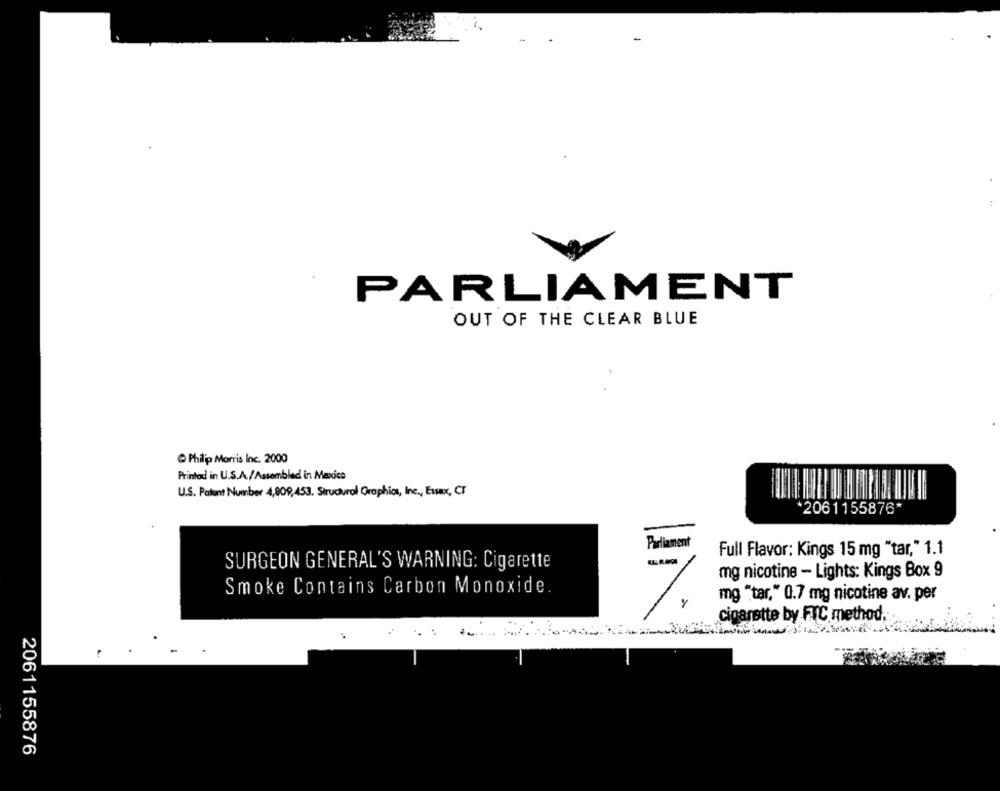
-
PARLIAMENT
OUT OF THE CLEAR BLUE
Philip Morris Inc. 2000
Printod in U.S.A./Assembled in Maxice
U.S. Patent Number 4,809,453. Strudural Graphics, Inc ., Essex, CT
*2061155876*
Parliament
Full Flavor: Kings 15 mg "tar," 1.1
SURGEON GENERAL'S WARNING: Cigarette
mg nicotine - Lights: Kings Box 9
Smoke Contains Carbon Monoxide.
mg "tar," 0.7 mg nicotine av. per
cigarette by FTC method
.. .
2061155876